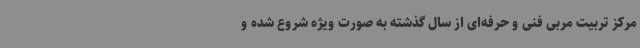
مرکز تربیت مربی فنی و حرفه‌ای از سال گذشته به صورت ویژه شروع شده و